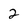
Character: 2